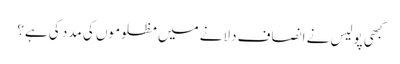
کبھی پولیس نے انصاف دلانے میں مظلوموں کی مدد کی ہے؟